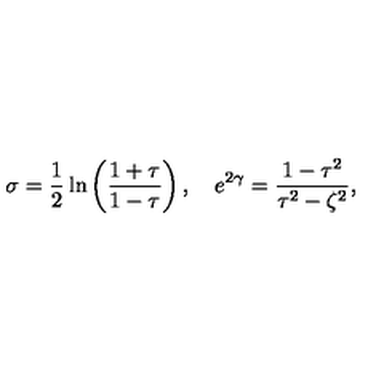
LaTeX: \sigma = \frac { 1 } { 2 } \ln \left( \frac { 1 + \tau } { 1 - \tau } \right) , \quad e ^ { 2 \gamma } = \frac { 1 - \tau ^ { 2 } } { \tau ^ { 2 } - \zeta ^ { 2 } } ,